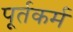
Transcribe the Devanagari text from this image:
पूर्तकर्म